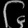
Digit: ၆